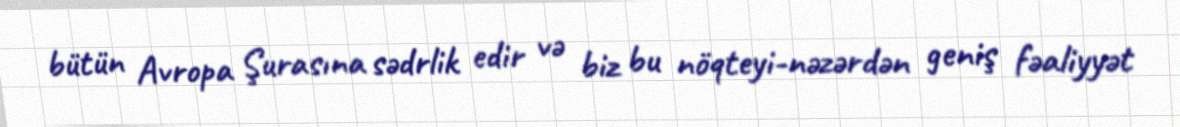
bütün Avropa Şurasına sədrlik edir və biz bu nöqteyi-nəzərdən geniş fəaliyyət